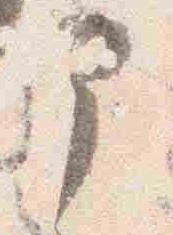
部